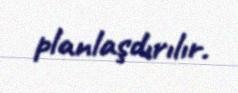
planlaşdırılır.